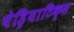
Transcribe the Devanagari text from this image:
पेड्रियाटिक्स